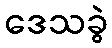
ဒေသခွဲ